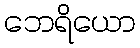
ဘေရိယော